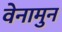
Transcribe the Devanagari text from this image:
वेनामुन